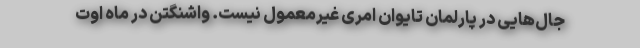
جال‌هایی در پارلمان تایوان امری غیرمعمول نیست. واشنگتن در ماه اوت